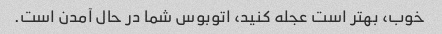
خوب، بهتر است عجله کنید، اتوبوس شما در حال آمدن است.